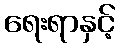
ရေးရာနှင့်